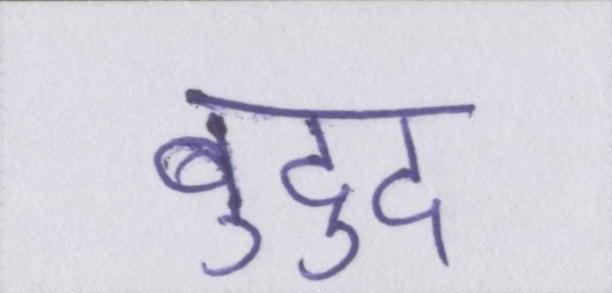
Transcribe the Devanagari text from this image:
बुद्दु